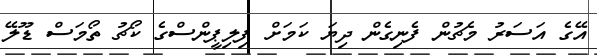
އޭގެ އަސަރު މެޗުން ފެނިގެން ދިޔަ ކަމަށް ފިލިޕީންސްގެ ކޯޗު ތޯމަސް ޑޫލޭ